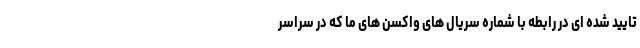
تایید شده ای در رابطه با شماره سریال های واکسن های ما که در سراسر